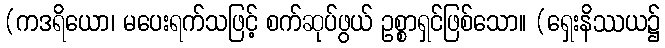
(ကဒရိယော၊ မပေးရက်သဖြင့် စက်ဆုပ်ဖွယ် ဥစ္စာရှင်ဖြစ်သော။ (ရှေးနိဿယ၌